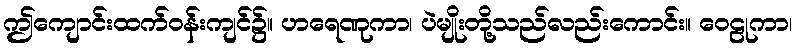
ဤကျောင်းထက်ဝန်းကျင်၌။ ဟရေဏုကာ၊ ပဲမျိုးတို့သည်လည်းကောင်း။ ဝေဠုကာ၊